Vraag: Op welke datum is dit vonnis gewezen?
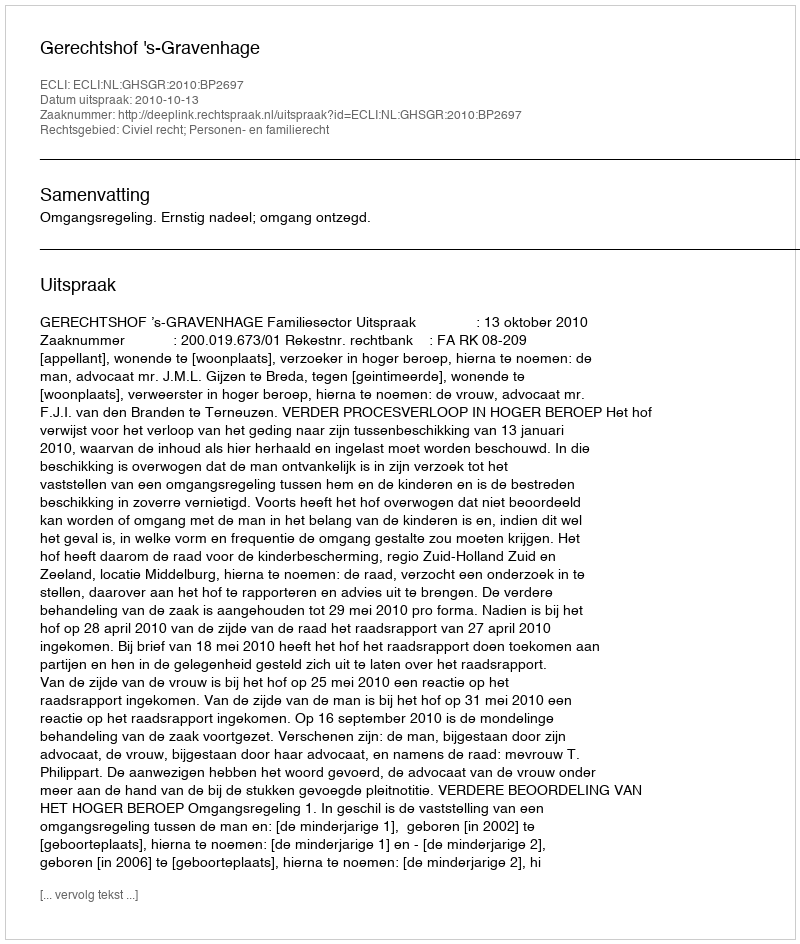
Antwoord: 2010-10-13